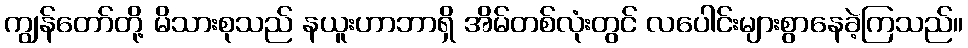
ကျွန်တော်တို့ မိသားစုသည် နယူးဟာဘာရှိ အိမ်တစ်လုံးတွင် လပေါင်းများစွာနေခဲ့ကြသည်။